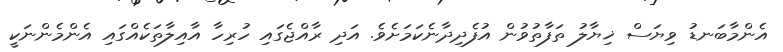
އެންމާބަނޑު ވިޔަސް ޚިޔާލު ތަފާތުވުން އުފެދިދާނެކަމަށެވެ. އަދި ރާއްޖެގައި ހުރިހާ އާއިލާތަކެއްގައި އެންމެންނަކީ